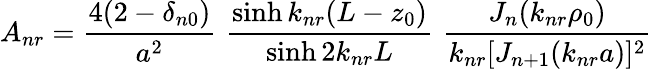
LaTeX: A_{nr}={\frac{4(2-\delta_{n0})}{a^{2}}}\, \, {\frac{\sinh k_{nr}(L-z_{0})}{\sinh 2k_{nr}L}}\, \, {\frac{J_{n}(k_{nr}\rho_{0})}{k_{nr}[J_{n+1}(k_{nr}a)]^{2}}}